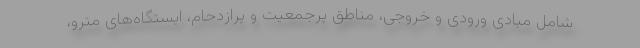
شامل مبادی ورودی و خروجی، مناطق پرجمعیت و پرازدحام، ایستگاه‌های مترو،